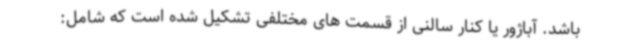
باشد. آباژور یا کنار سالنی از قسمت های مختلفی تشکیل شده است که شامل: